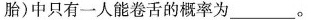
胎)中只有一人能卷舌的概率为___________________。